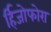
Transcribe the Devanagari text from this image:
र्हिजोफोरा